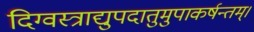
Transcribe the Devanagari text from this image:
दिग्वस्त्राद्युपदातुमुपाकर्षन्तम्‌।